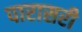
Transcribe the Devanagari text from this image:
पारासरी